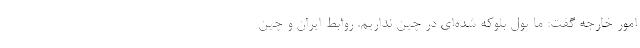
امور خارجه گفت: ما پول بلوکه شده‌ای در چین نداریم. روابط ایران و چین